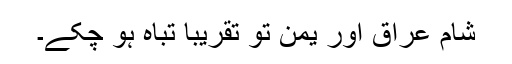
شام عراق اور یمن تو تقریباً تباہ ہو چکے۔